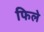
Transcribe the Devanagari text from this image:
फिले